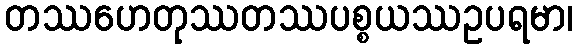
တဿဟေတုဿတဿပစ္စယဿဥပရမာ၊